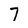
Character: 7